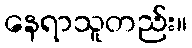
နေရာသူတည်း။